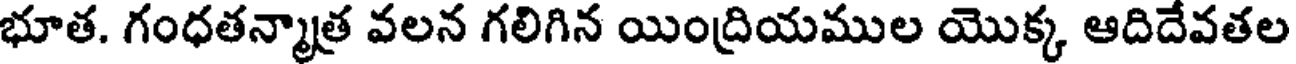
భూత. గంధతన్మాత్ర వలన గలిగిన యింద్రియముల యొక్క ఆదిదేవతల